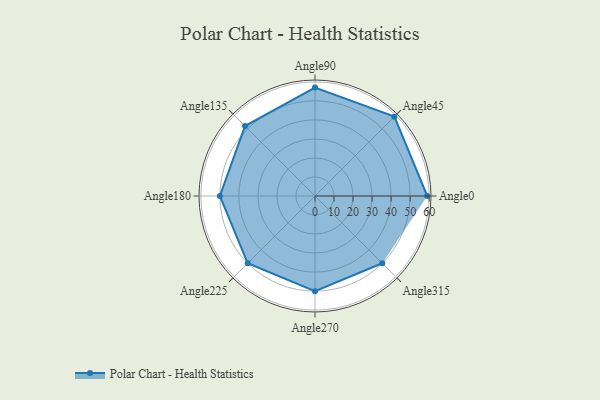
{"axis": {"x": "Angle", "y": "Radius"}, "legend": [""], "data": [{"x": "Angle0", "y": 59.0, "type": ""}, {"x": "Angle45", "y": 59.0, "type": ""}, {"x": "Angle90", "y": 57.0, "type": ""}, {"x": "Angle135", "y": 52.0, "type": ""}, {"x": "Angle180", "y": 50, "type": ""}, {"x": "Angle225", "y": 50, "type": ""}, {"x": "Angle270", "y": 50, "type": ""}, {"x": "Angle315", "y": 50, "type": ""}]}